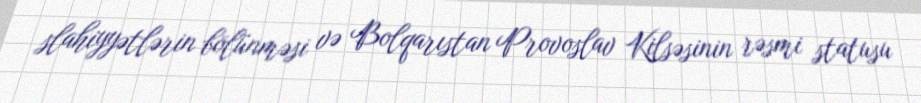
slahiyyətlərin bölünməsi və Bolqarıstan Provoslav Kilsəsinin rəsmi statusu